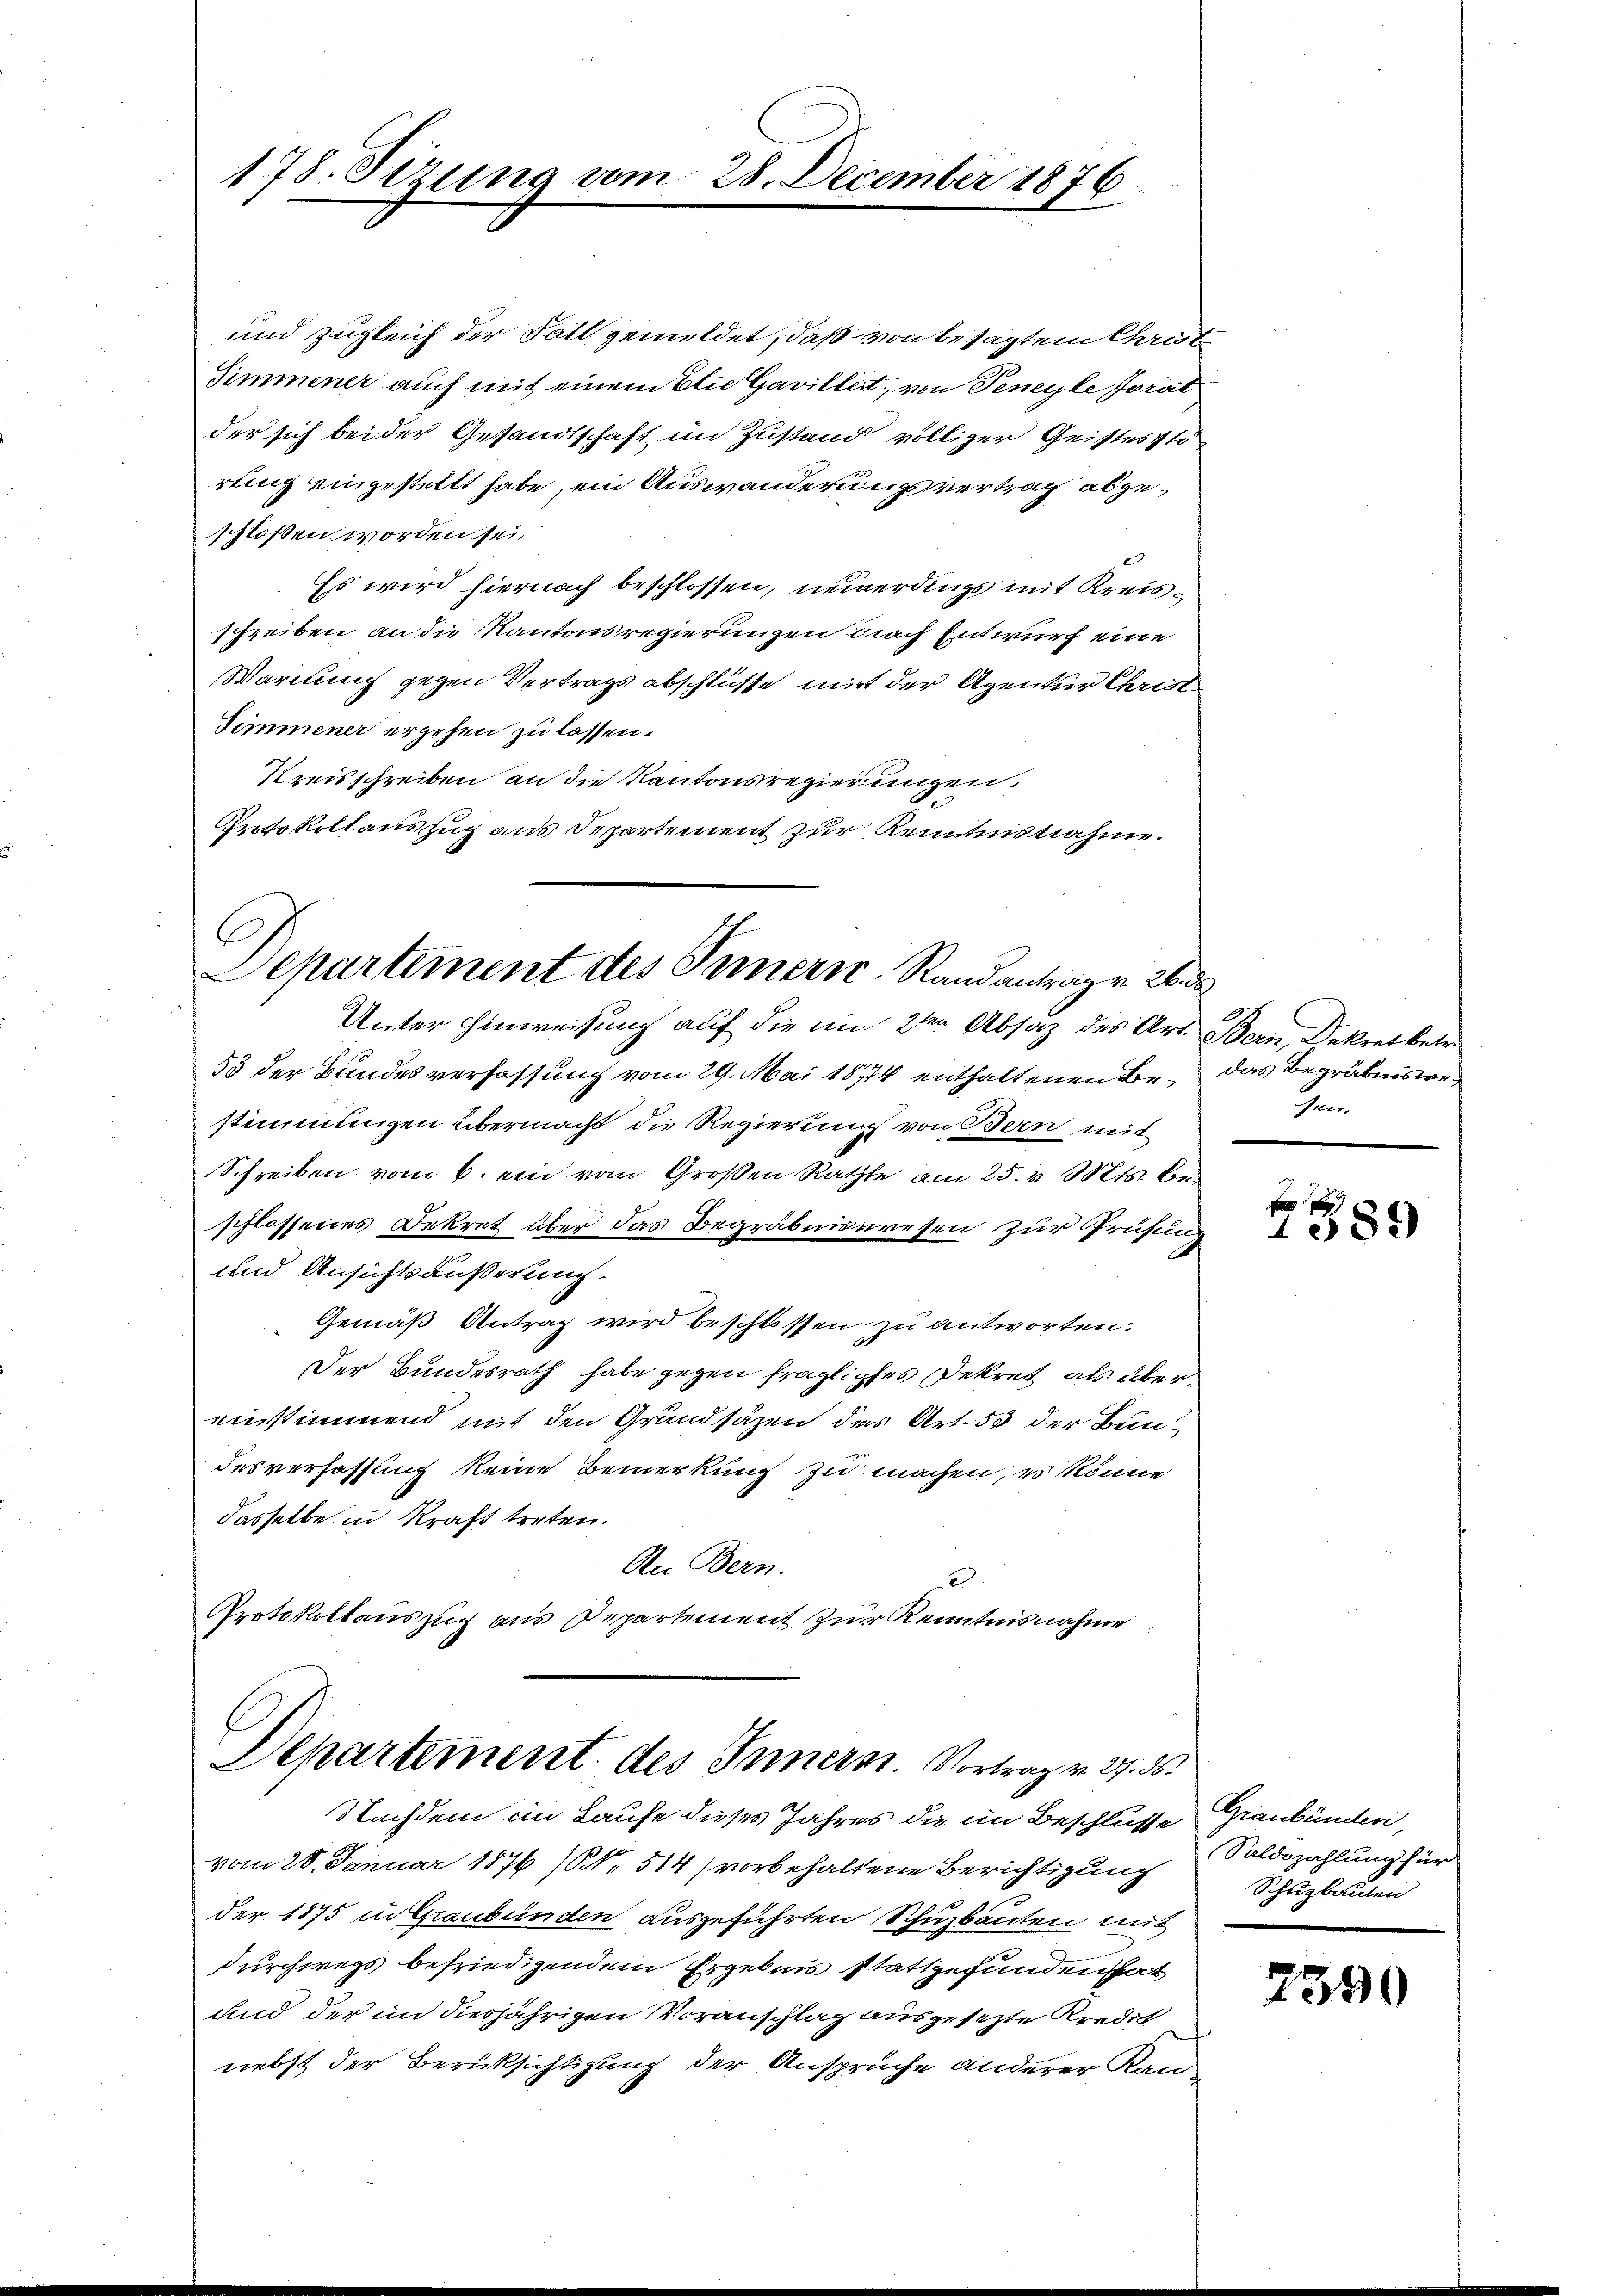
178. Sizung vom

28. December 1876

und zugleich der Fall gemeldet, daß von besagtem Cant
Simmener auch mit einem Elie Gavillirt, von Teneyte Jorat
der sich bei der Gesandtschaft im Zustand völliger Geistesstö
rung eingestellt habe, ein Auswanderungsvertrag abgeschloßen worden sei.
Es wird hiernach beschlossen, neuerdings mit Kreisschreiben an die Kantonsregierungen diach Entwurf eine
Warnung gegen Vertrags abschlüsse mit der Agentur Christ¬
Simmener ergehen zu lassen.
Kreisschreiben an die Kantonsregierungen.
Protokoll auszug aus Departement zur Kenntnisnahme.

Separtement des Innern. Randantrag v. 26. d
Unter Hinweisung auf die im 2ten Absaz des Art. Bern, Dekret betr

Departement des Innern. Vortrag v. 27. ds.
Nachdem im Laufe dieses Jahres die im Beschlusse Graubünden,

53 der Bundesverfassung vom 29. Mai 1874 enthaltenen Be- das Begräbniswei
stimmungen übermacht die Regierung von Bern mit
Schreiben vom 6. en von Großen Rathe am 25. v. Mts. beschlossenes Bekret über das Begräbnissesen zur Prüfung
und Ansichtsäußerung.
Gemäß Antrag wird beschlossen zu antworten:
Der Bundesrath habe gegen fragliches Dekret, als übereinstimmend mit den Grundsäzen des Art. 55 der Bundesverfassung keine Bemerkung zu machen, es könne
dasselbe in Kraft treten.
An Bern.
x
Protokollauszug aus Departement zur Kenntnisnahme

vom 28. Januar 1876 (NNo. 514 (vorbehaltene Berichtigung Saldszahlung für
der 1875 in Graubünden ausgeführten Schuzbanten mit
durchwegs befriedigendem Ergebnis stattgefunden hat
und der in diesjährigen Voranschlag ausgesezte Kredit
nebst der Berüksichtigung der Ansprüche anderer Kan¬

fen.

F
1589

Schuzbauten

2390